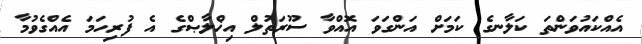
އެއްކައުވަންތަ ކަލާނގެ ކަމަށް އަންގަވަ އޮއްވާ ސޫރަތުލް އިޚްލާޞްގެ އެ ފުރިހަމަ އެއްގެވުމާ